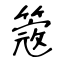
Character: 簆